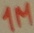
Text: 1M